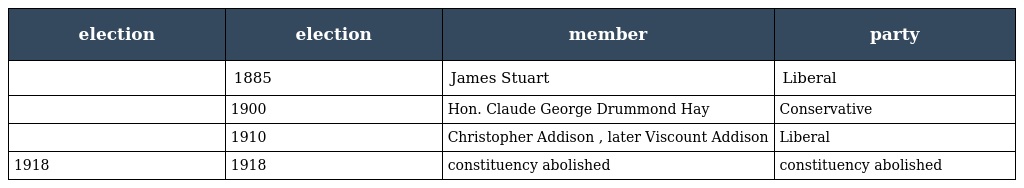
| election | election | member | party |
 | --- | --- | --- | --- |
 |  | 1885 | James Stuart | Liberal |
 |  | 1900 | Hon. Claude George Drummond Hay | Conservative |
 |  | 1910 | Christopher Addison , later Viscount Addison | Liberal |
 | 1918 | 1918 | constituency abolished | constituency abolished |